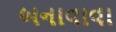
બનાવાવા